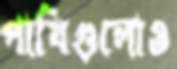
পাখিগুলোও